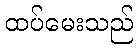
ထပ်မေးသည်